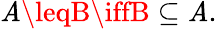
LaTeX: \mathit{A}\leqB\iffB\subseteq\mathit{A}.